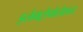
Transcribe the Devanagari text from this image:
इलेक्ट्रोपोलेशन